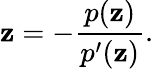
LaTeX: \mathbf{z}=-\frac{{p(\mathbf{z})}}{{p^{\prime}(\mathbf{z})}}.